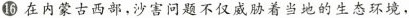
⑯在内蒙古西部，沙害问题不仅威胁着当地的生态环境，